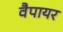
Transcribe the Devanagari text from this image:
वैपायर